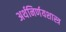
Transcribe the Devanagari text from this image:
अर्थनिर्णयशास्त्र